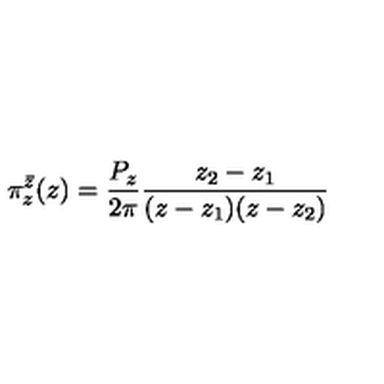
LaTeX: \pi _ { z } ^ { \bar { z } } ( z ) = \frac { P _ { z } } { 2 \pi } \frac { z _ { 2 } - z _ { 1 } } { ( z - z _ { 1 } ) ( z - z _ { 2 } ) }